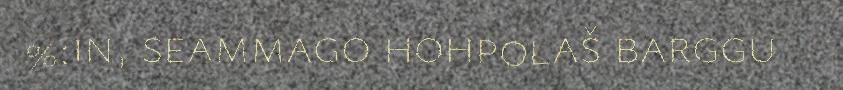
%:in, seammago hohpolaš barggu